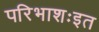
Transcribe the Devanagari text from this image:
परिभाशःइत